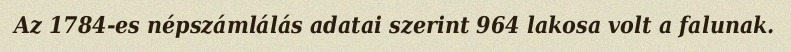
Az 1784-es népszámlálás adatai szerint 964 lakosa volt a falunak.